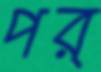
পর্